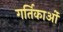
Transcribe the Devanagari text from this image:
गर्तिकाओं